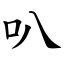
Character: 叭